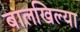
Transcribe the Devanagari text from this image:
बालखिल्या